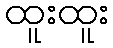
ထူးထူး